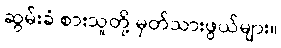
ဆွမ်းခံ စားသူတို့ မှတ်သားဖွယ်များ။